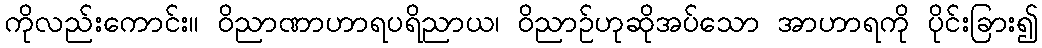
ကိုလည်းကောင်း။ ဝိညာဏာဟာရပရိညာယ၊ ဝိညာဉ်ဟုဆိုအပ်သော အာဟာရကို ပိုင်းခြား၍